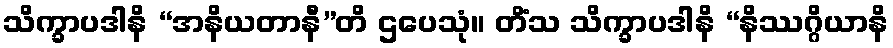
သိက္ခာပဒါနိ “အနိယတာနီ”တိ ဌပေသုံ။ တိံသ သိက္ခာပဒါနိ “နိဿဂ္ဂိယာနိ